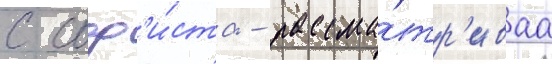
с соф'и́ста - рассма́тр'иваа